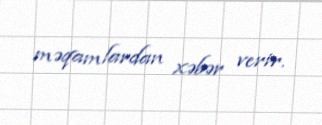
məqamlardan xəbər verir.